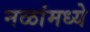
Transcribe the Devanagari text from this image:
नळांमध्ये